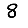
Digit: 8